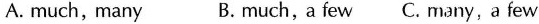
A.much,many B.much,a few C.many,a few